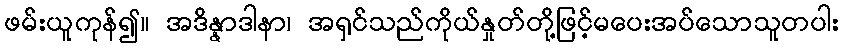
ဖမ်းယူကုန်၍။ အဒိန္နာဒါနာ၊ အရှင်သည်ကိုယ်နှုတ်တို့ဖြင့်မပေးအပ်သောသူတပါး